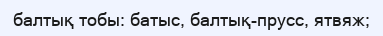
балтық тобы: батыс, балтық-прусс, ятвяж;